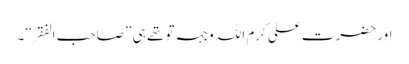
اور حضرت علی کرم اللہ وجہہ تو تھے ہی ’’صاحب الفقر‘‘۔